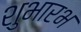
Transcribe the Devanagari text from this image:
शुभारभ